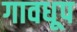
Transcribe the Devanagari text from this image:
गावधूप